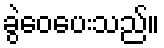
ခွဲဝေပေးသည်။